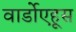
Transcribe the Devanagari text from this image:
वार्डोएहूस